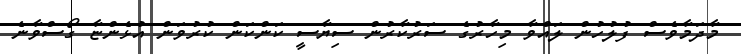
މާދަމާވެސް ފުލުހުން ލައްވާ މިހާރުގެ ސަރުކާރުން ސިޔާސީ ކަންކަން ކުރުވަން އުޅެންޏާ ގޯސްވާނެ